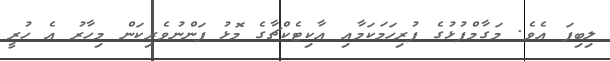
ލިބިފަ އެވެ. މަގާމްފުޅުގެ ފުރިހަމަކަމާއި އާކިޓެކްޗާގެ މޮޅު ފަންނުވެރިކަން މިހާރު އެ ހުރީ